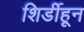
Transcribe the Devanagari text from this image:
शिर्डीहून